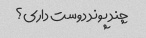
چند پوند دوست داری؟